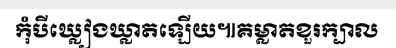
កុំបីឃ្លៀងឃ្លាតឡើយ៕គម្លាតខួរក្បាល